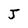
Character: J